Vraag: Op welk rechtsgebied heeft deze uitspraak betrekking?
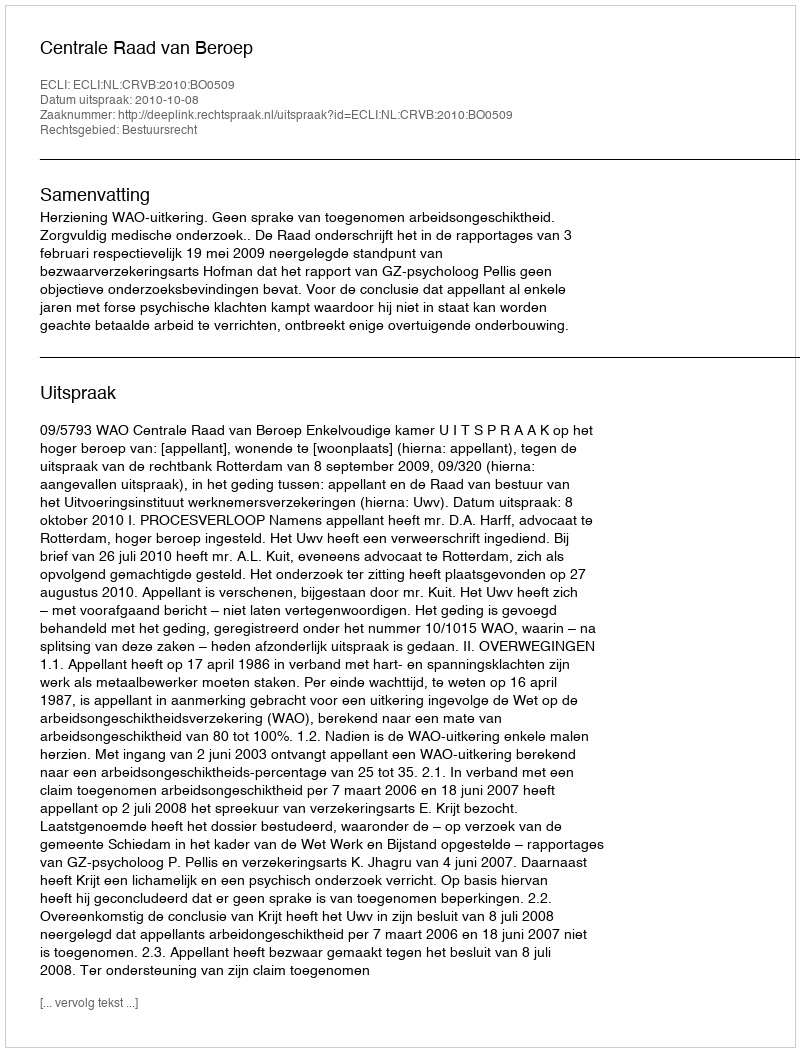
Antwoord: Bestuursrecht